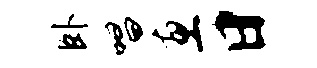
卧唱惠日